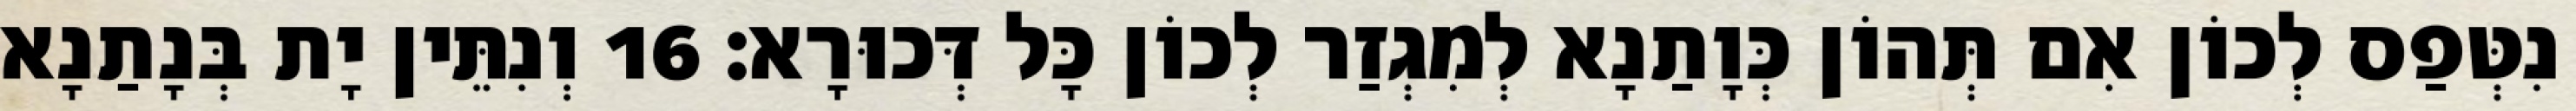
נִטְּפַס לְכוֹן אִם תְּהוֹן כְּוָתַנָא לְמִגְזַר לְכוֹן כָּל דְּכוּרָא׃ 16 וְנִתֵּין יָת בְּנָתַנָא